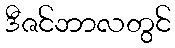
ဒီဇင်ဘာလတွင်